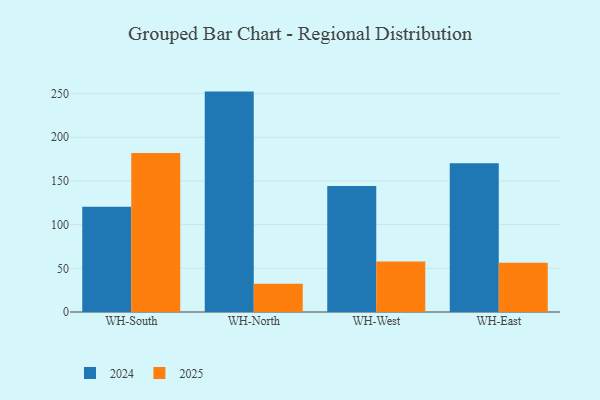
{"axis": {"x": "Warehouse", "y": "Humidity (%)"}, "legend": ["2024", "2025"], "data": [{"x": "WH-South", "y": 120.4, "type": "2024"}, {"x": "WH-South", "y": 182.0, "type": "2025"}, {"x": "WH-North", "y": 252.3, "type": "2024"}, {"x": "WH-North", "y": 32.3, "type": "2025"}, {"x": "WH-West", "y": 144.1, "type": "2024"}, {"x": "WH-West", "y": 57.7, "type": "2025"}, {"x": "WH-East", "y": 170.3, "type": "2024"}, {"x": "WH-East", "y": 56.4, "type": "2025"}]}